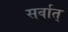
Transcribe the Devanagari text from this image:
सर्वात्